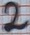
Text: 2